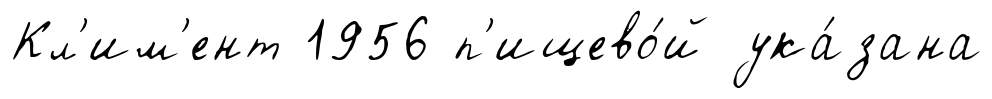
Кл'им'ент 1956 п'ищево́й ука́зана